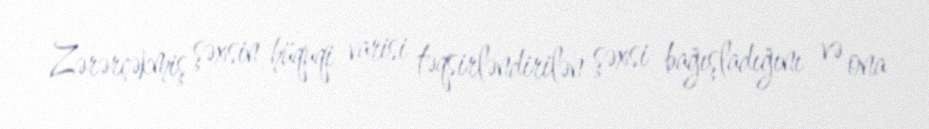
Zərərçəkmiş şəxsin hüquqi varisi təqsirləndirilən şəxsi bağışladığını və ona